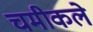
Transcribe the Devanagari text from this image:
चमीकले